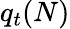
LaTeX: q_{t}(N)